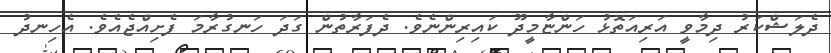
ދެލަޝްކަރު ދިމާވީ އަރިއަތޮޅު ހަންޏާމީދޫ ކައިރިންނެވެ. ދެފަރާތުން ގަދަ ހަނގުރާމަ ފެށިއްޖެއެވެ. އެހިނދު